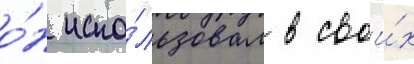
о́н испо́льзовал в свои́х